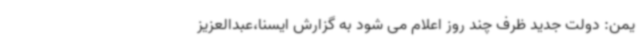
یمن: دولت جدید ظرف چند روز اعلام می شود به گزارش ایسنا،عبدالعزیز